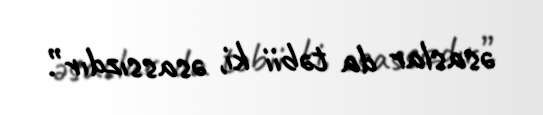
əsaslar da təbii ki, əsassızdır”.